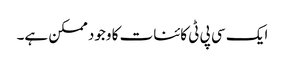
ایک سی پی ٹی کائنات کا وجود ممکن ہے۔